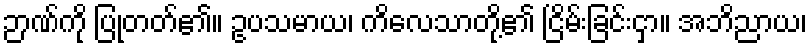
ဉာဏ်ကို ပြုတတ်၏။ ဥပသမာယ၊ ကိလေသာတို့၏ ငြိမ်းခြင်းငှာ။ အဘိညာယ၊